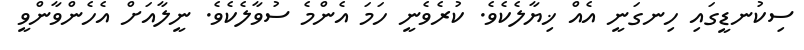
ސިކުނޑީގައި ހިނގަނީ އެއް ޚިޔާލެކެވެ. ކުރެވެނީ ހަމަ އެންމެ ސުވާލެކެވެ. ނީލާއަށް އެހެންވާންވީ